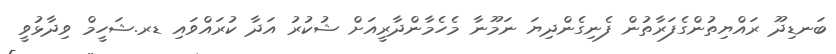
ބަނޑިދޫ ރައްޔިތުންގެފަރާތުން ފެނިގެންދިޔަ ނަމޫނާ މެހެމާންދާރީއަށް ޝުކުރު އަދާ ކުރައްވައި ޑރ.ޝަހީމް ވިދާޅުވީ